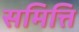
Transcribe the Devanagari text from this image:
समित्ति